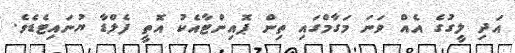
އަދި ލީގުގެ އެއް ވަނަ މަގާމްގައި ތިން ޕޮއިންޓާއެކު އޮތީ ފެލްޑާ ޔުނައިޓެޑެވެ.